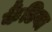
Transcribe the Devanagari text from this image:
कैंडिया